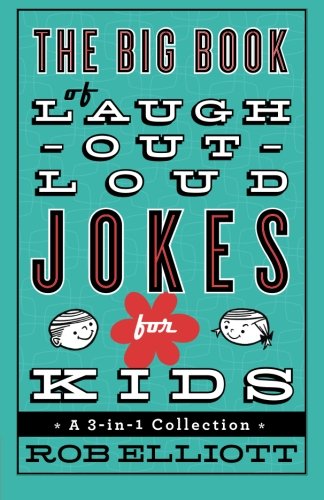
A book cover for The Big Book of Laugh-Out-Loud Jokes for Kids: A 3-in-1 Collection; Rob Elliott; Children's Books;